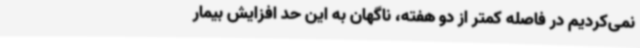
نمی‌کردیم در فاصله کمتر از دو هفته، ناگهان به این حد افزایش بیمار